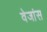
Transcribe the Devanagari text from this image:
वेजांस